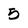
Character: 5